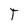
Character: T